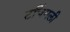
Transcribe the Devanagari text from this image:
टचिंगली